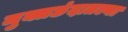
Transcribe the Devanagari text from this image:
मुक्तछंदातल्या